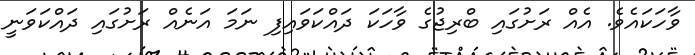
ވާހަކައެވެ. އެއް ރަށުގައި ބްރިޖުގެ ވާހަކަ ދައްކަވައިފި ނަމަ އަނެއް ރަށުގައި ދައްކަވަނީ